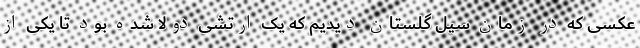
عکسی که در زمان سیل گلستان دیدیم که یک ارتشی دولا شده بود تا یکی از